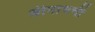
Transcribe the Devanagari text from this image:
श्रीनाथची